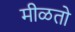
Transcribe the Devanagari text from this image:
मीळतो